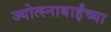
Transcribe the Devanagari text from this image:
ज्योत्स्नाबाईंच्या